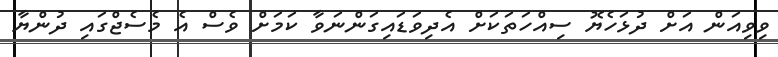
ވިވިއަން އަށް ދުޅަހެޔޮ ސިއްހަތަކަށް އެދިވަޑައިގަންނަވާ ކަމަށް ވެސް އެ މެސެޖްގައި ދުންޔާ